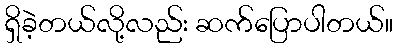
ရှိခဲ့တယ်လို့လည်း ဆက်ပြောပါတယ်။